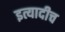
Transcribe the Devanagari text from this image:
इत्यादीच